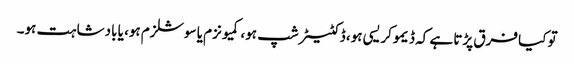
تو کیا فرق پڑتا ہے کہ ڈیموکریسی ہو، ڈکٹیٹر شپ ہو، کمیونزم یا سوشلزم ہو، یا بادشاہت ہو۔